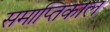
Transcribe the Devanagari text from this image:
समाप्तिकाल